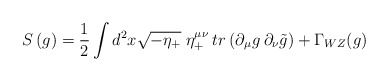
\begin{align*}S\,(g)={\frac{1}{2}}\int d^2 x \sqrt{-\eta_+}\;\eta_+^{\mu\nu}\:tr\left(\partial_\mu g\:\partial_\nu \tilde g\right)+\Gamma_{WZ}(g)\end{align*}